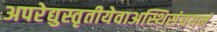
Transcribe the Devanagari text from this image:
अपरेद्युस्तृतीयेवाअस्थिसंचयनं